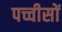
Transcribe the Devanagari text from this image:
पच्चीसों